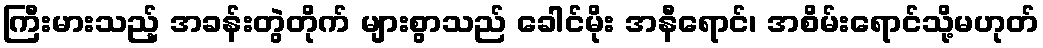
ကြီးမားသည့် အခန်းတွဲတိုက် များစွာသည် ခေါင်မိုး အနီရောင်၊ အစိမ်းရောင်သို့မဟုတ်